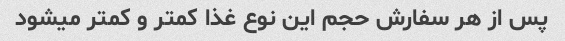
پس از هر سفارش حجم این نوع غذا کمتر و کمتر میشود